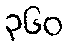
၃၆၀